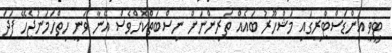
ޓީވީ އިންޑަސްޓްރީގައި މަޝްހޫރު ބައެއް ތަރިންނަށް ނިސްބަތްކޮށްވެސް އޭނާ ވަނީ ހިތްހަމަނުޖެހޭ ފަދަ